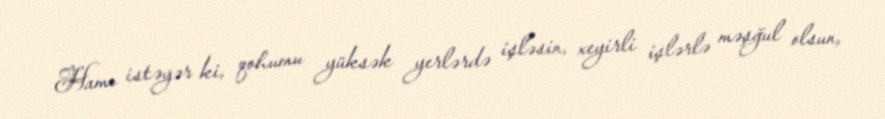
Hamı istəyər ki, qohumu yüksək yerlərdə işləsin, xeyirli işlərlə məşğul olsun,